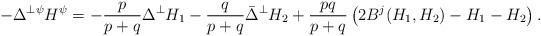
LaTeX: \begin{align*}-\Delta^{\perp\psi}H^{\psi}=-\frac{p}{p+q}\Delta^{\perp}H_1-\frac{q}{p+q}\bar\Delta^{\perp}H_2+\frac{pq}{p+q}\left(2B^j(H_1,H_2)-H_1-H_2\right).\end{align*}